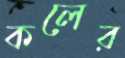
কলের